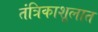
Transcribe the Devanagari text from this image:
तंत्रिकाशूलात